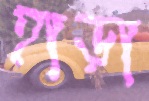
হাড়া